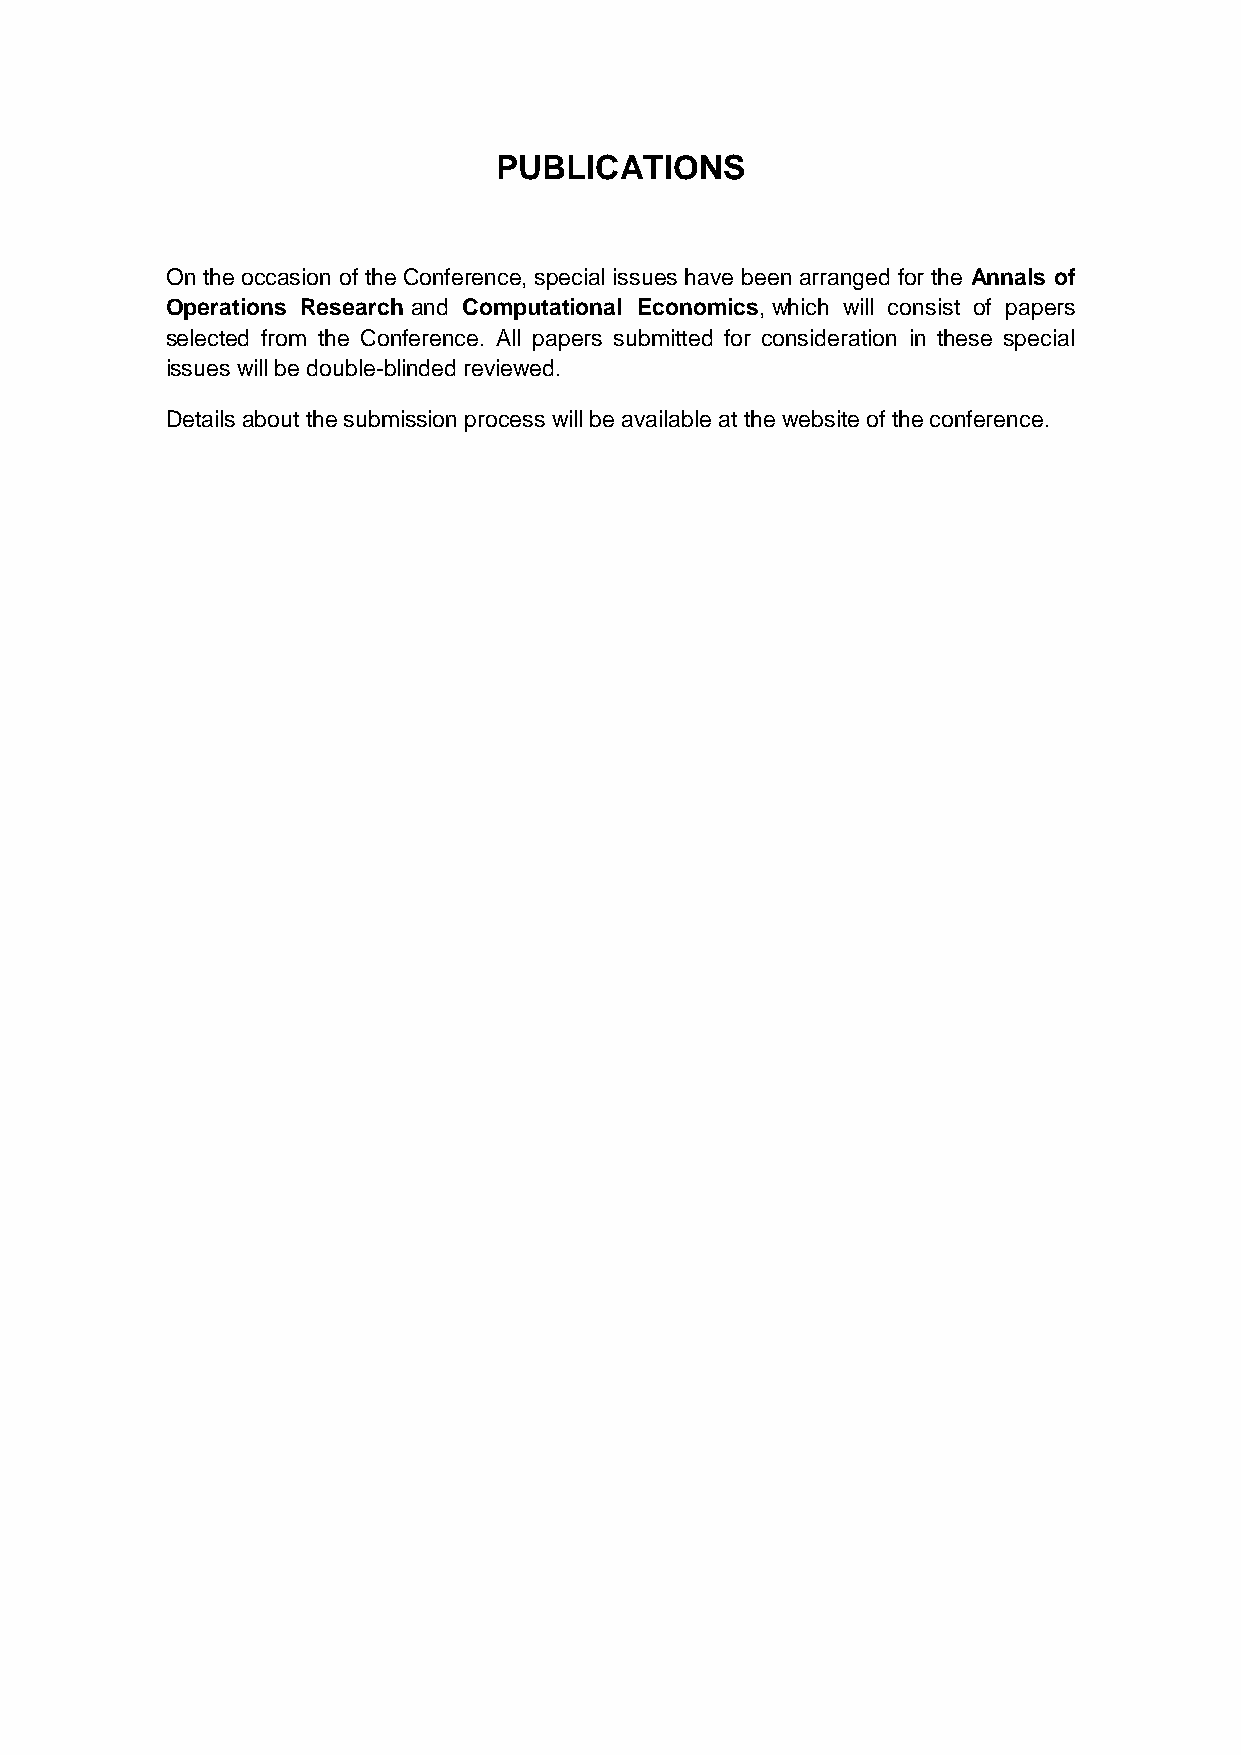
PUBLICATIONS
 On the occasion of the Conference, special issues have been arranged for the Annals of
 Operations Research and Computational Economics, which will consist of papers
 selected from the Conference. All papers submitted for consideration in these special
 issues will be double-blinded reviewed.
 Details about the submission process will be available at the website of the conference.